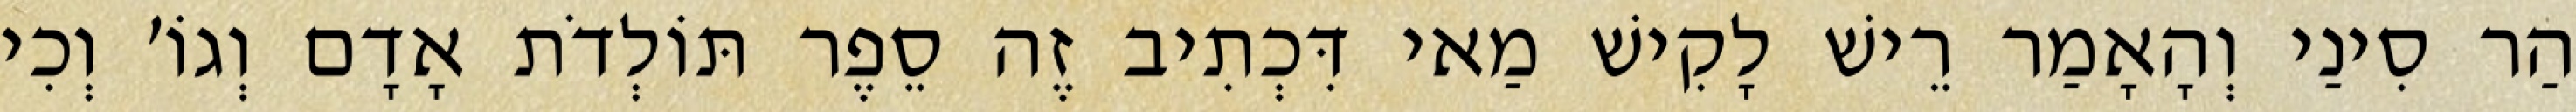
הַר סִינַי וְהָאָמַר רֵישׁ לָקִישׁ מַאי דִּכְתִיב זֶה סֵפֶר תּוֹלְדֹת אָדָם וְגוֹ׳ וְכִי